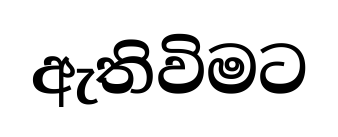
ඇතිවිමට